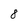
Character: 8